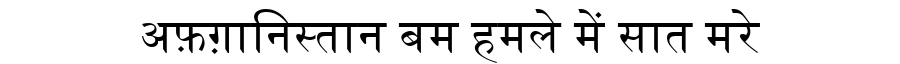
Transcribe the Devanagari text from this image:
अफ़ग़ानिस्तान बम हमले में सात मरे